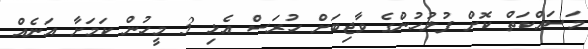
މަސައްކަތް ކޮށް ފުލުހުންގެ ވާޖިބަށް ހުރަސް އެޅި 3 މީހުން ކަމަށާ އަނެއް